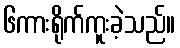
၆ကားရိုက်ကူးခဲ့သည်။